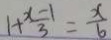
1 + \frac { x - 1 } { 3 } = \frac { x } { 6 }